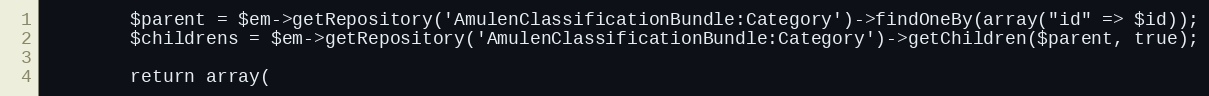
Language: PHP
        $parent = $em->getRepository('AmulenClassificationBundle:Category')->findOneBy(array("id" => $id));
        $childrens = $em->getRepository('AmulenClassificationBundle:Category')->getChildren($parent, true);

        return array(